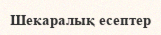
Шекаралық есептер